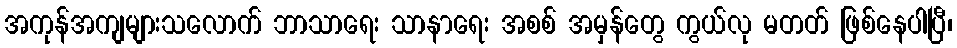
အကုန်အကျများသလောက် ဘာသာရေး သာနာရေး အစစ် အမှန်တွေ ကွယ်လု မတတ် ဖြစ်နေပါပြီ၊